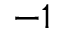
- 1